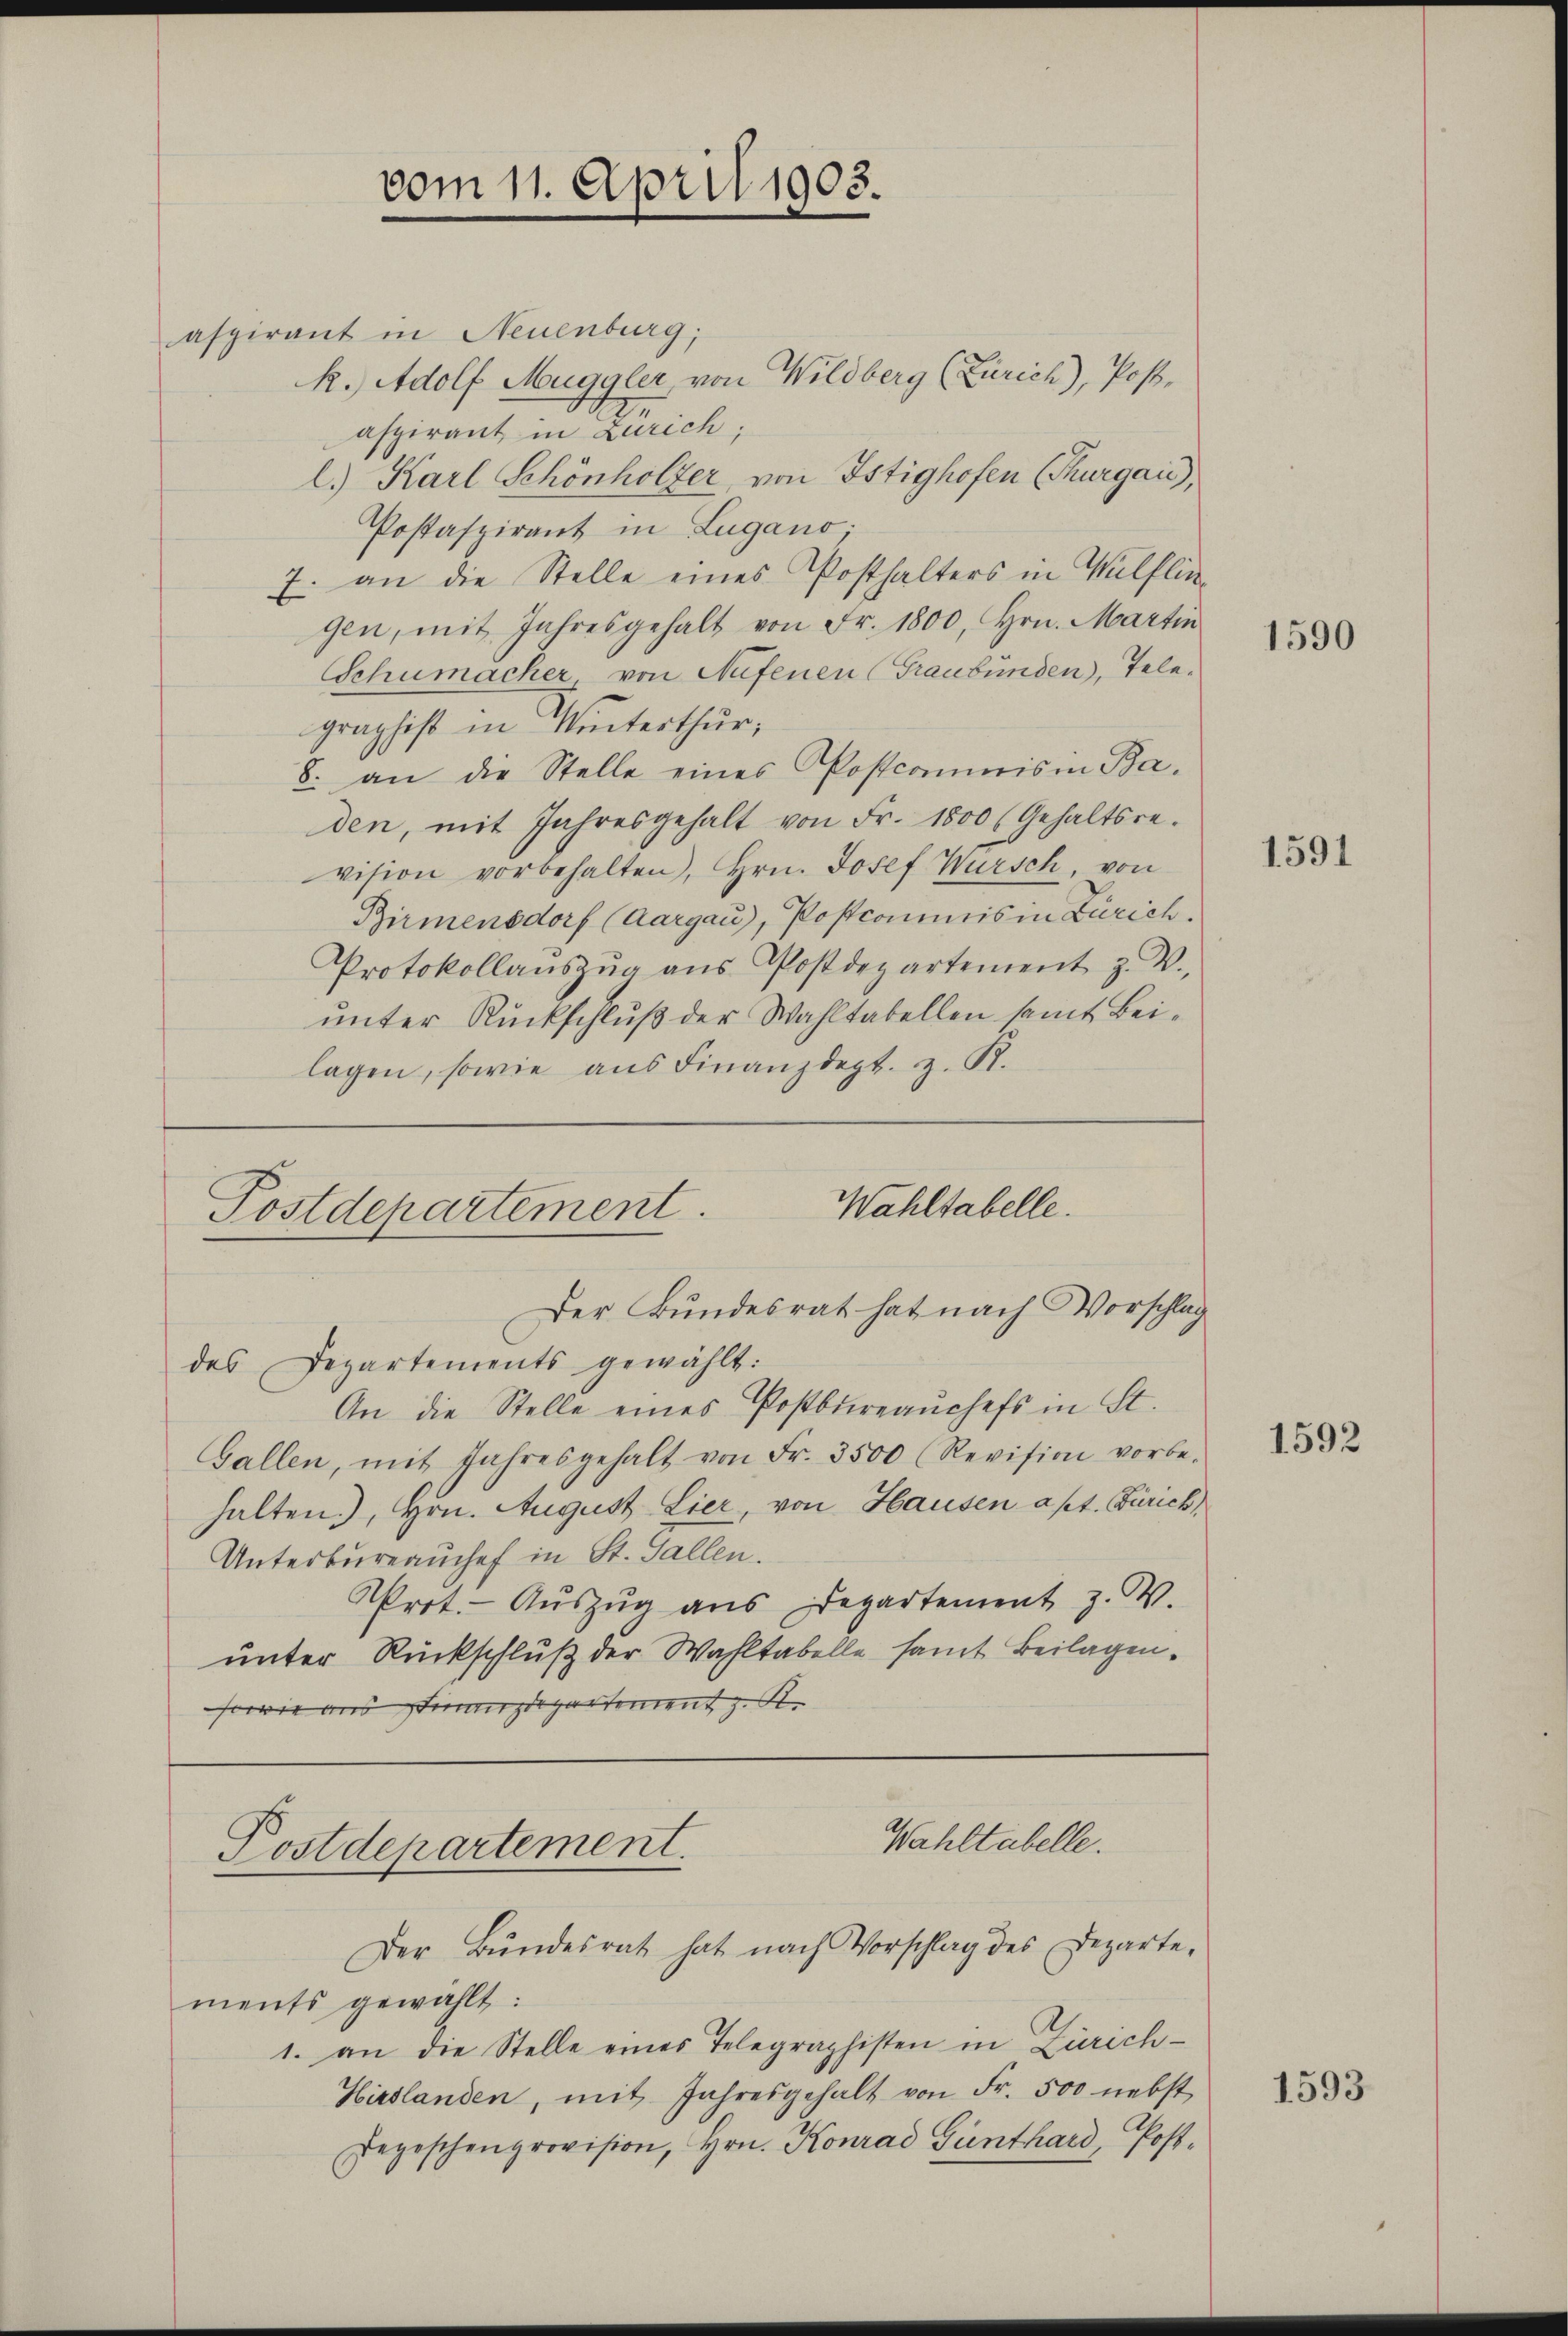
vom 11. April 1903.

aspirant in Neuenburg,
k. Adolf Muggler, von Wildberg (Zürich), Post.
aspirant in Zürich;
l.) Karl Schönhölzer, von Istighofen (Thurgau),
Postaspirant in Lugano.
7. an die Stelle eines Posthalters in Wülflingen, mit Jahresgehalt von Fr. 1800, Hrn. Martin
Schumacher von Nufenen (Graubünden, Telegraphist in Winterthur;
8. an die Stelle eines Postcommis in Ba-
den, mit Jahresgehalt von Fr. 1800 (Gehaltsre-
vision vorbehalten, Hrn. Josef Wursch, von
Birmensdorf (Aargau), Postcommis in Zürich.
Protokollaŭszŭg ans Postdepartement z. W.
unter Rückschluß der Wahltabellen samt Beilagen, sowie aus Finanzdept. z. R.

Wahltabelle.
Postdepartement.
Der Bundesrat hat nach Vorschlag

des Departements gewählt:
An die Stelle eines Postbüreaŭchefs in St.
Gallen, mit Jahresgehalt von Fr. 3500 (Revision vorbe-
halten.), Hrn. August Lier, von Hausen apt. Zürich
Unterbureauchef in St. Gallen.
Prot. Aŭszŭg ans Departement z. B.
unter Rückschluß der Wahltabelle samt Beilagen.
sowie aus Finanzdepartement z. R.
Wahltabelle.
Postdepartement.
Der Bŭndesrat hat nach Vorschlag des Departe-
ments gewählt:
1. an die Stelle eines Telegraphisten in Zürich-
Hirslanden, mit Jahresgehalt von Fr. 500 nebst
Depeschenprovision, Hrn. Konrad Günthard, Post¬

1590

1591

1592

1593